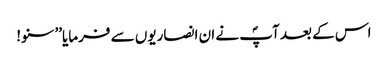
اس کے بعد آپؐ نے ان انصاریوں سے فرمایا’’سنو!